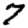
Digit: 7